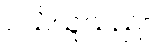
ဝယ်ယူသည်။